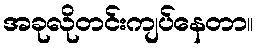
အခုလိုတင်းကျပ်နေတာ။